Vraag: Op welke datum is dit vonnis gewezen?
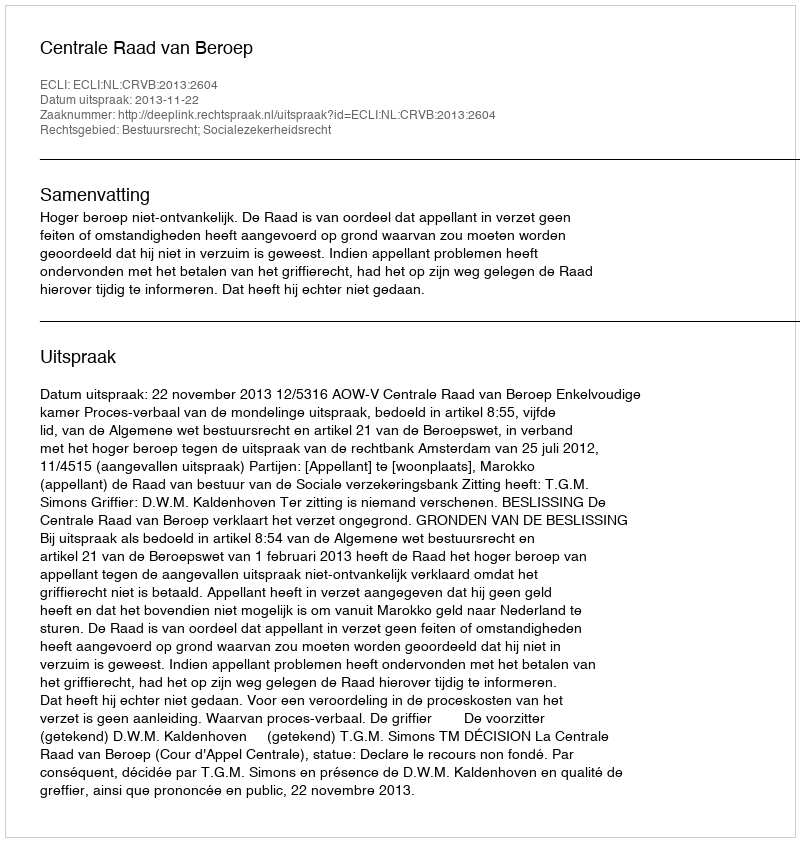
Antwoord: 2013-11-22